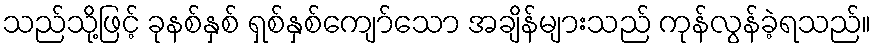
သည်သို့ဖြင့် ခုနစ်နှစ် ရှစ်နှစ်ကျော်သော အချိန်များသည် ကုန်လွန်ခဲ့ရသည်။